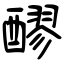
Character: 醪